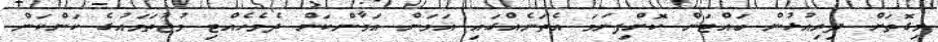
މިގޮތަށް ދިރިއުޅުން ބައްޓަން ކޮށްފިނަމަ އެތަނެއްގައި އަމަން އަމާންކަން ދެމެހެއްޓި މުޖުތަމައުގެ ކަންކަން